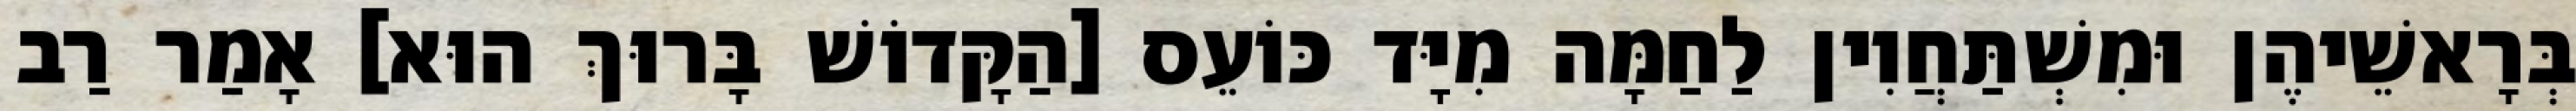
בְּרָאשֵׁיהֶן וּמִשְׁתַּחֲוִין לַחַמָּה מִיָּד כּוֹעֵס [הַקָּדוֹשׁ בָּרוּךְ הוּא] אָמַר רַב